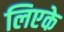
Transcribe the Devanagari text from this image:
लिएके